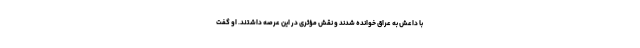
با داعش به عراق خوانده شدند و نقش مؤثری در این عرصه داشتند. او گفت